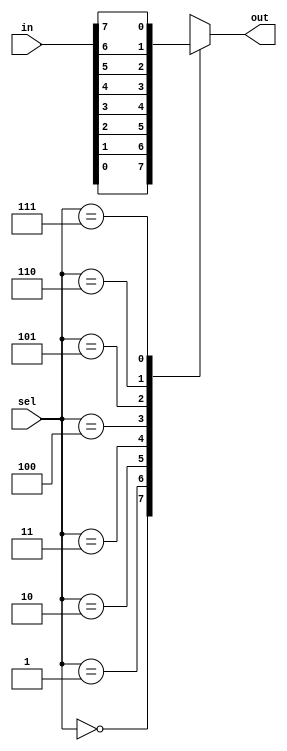
`timescale 1ns / 1ps
//////////////////////////////////////////////////////////////////////////////////
// 
// Module Name: mux_8bit_procedural
//////////////////////////////////////////////////////////////////////////////////


module mux_8bit_procedural(in,sel,out);
input [7:0] in;
input [2:0] sel;
output reg out;

always@(*)
    begin
        case(sel)
            3'b000:out=in[0];
            3'b001:out=in[1];
            3'b010:out=in[2];
            3'b011:out=in[3];
            3'b100:out=in[4];
            3'b101:out=in[5];
            3'b110:out=in[6];
            3'b111:out=in[7];
            default:out=1'bx;
        endcase
    end
endmodule